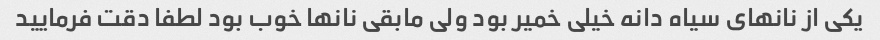
یکی از نانهای سیاه دانه خیلی خمیر بود ولی مابقی نانها خوب بود لطفا دقت فرمایید